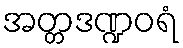
အတ္တဒဏ္ဍဝရံ